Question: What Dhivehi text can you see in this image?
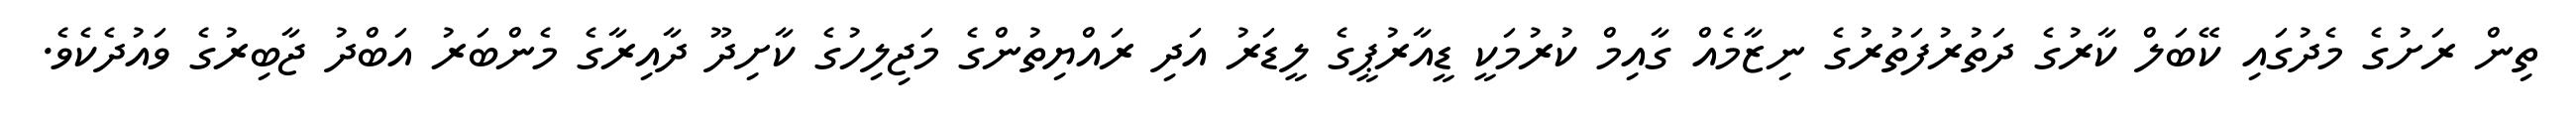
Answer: ތިން ރަށުގެ މެދުގައި ކޭބަލް ކާރުގެ ދަތުރުފަތުރުގެ ނިޒާމެއް ގާއިމް ކުރުމަކީ ޑީއާރުޕީގެ ލީޑަރު އަދި ރައްޔިތުންގެ މަޖިލިހުގެ ކާށިދޫ ދާއިރާގެ މެންބަރު އަބްދު ޖާބިރުގެ ވައުދެކެވެ.